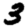
Digit: 3